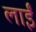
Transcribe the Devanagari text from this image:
लाईं